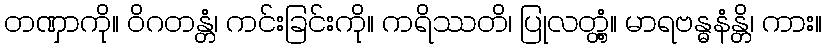
တဏှာကို။ ဝိဂတန္တံ၊ ကင်းခြင်းကို။ ကရိဿတိ၊ ပြုလတ္တံ့။ မာရဗန္ဓနံန္တိ၊ ကား။